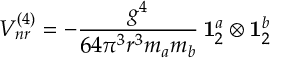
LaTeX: V _ { n r } ^ { ( 4 ) } = - \frac { g ^ { 4 } } { 6 4 \pi ^ { 3 } r ^ { 3 } m _ { a } m _ { b } } \, { \bf 1 } _ { 2 } ^ { a } \otimes { \bf 1 } _ { 2 } ^ { b }